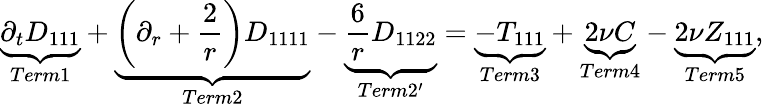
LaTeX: \underbrace{\partial_{t}D_{111}}_{Term1}+\underbrace{\left(\partial_{r}+\frac{2}{r}\right)D_{1111}}_{Term2}-\underbrace{\frac{6}{r}D_{1122}}_{Term2^{\prime}}=\underbrace{-T_{111}}_{Term3}+\underbrace{2\nu C}_{Term4}-\underbrace{2\nu Z_{111}}_{Term5},